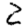
Digit: 2